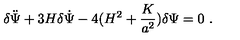
\delta \ddot { \Psi } + 3 H \delta \dot { \Psi } - 4 ( H ^ { 2 } + \frac { K } { a ^ { 2 } } ) \delta \Psi = 0 \ .